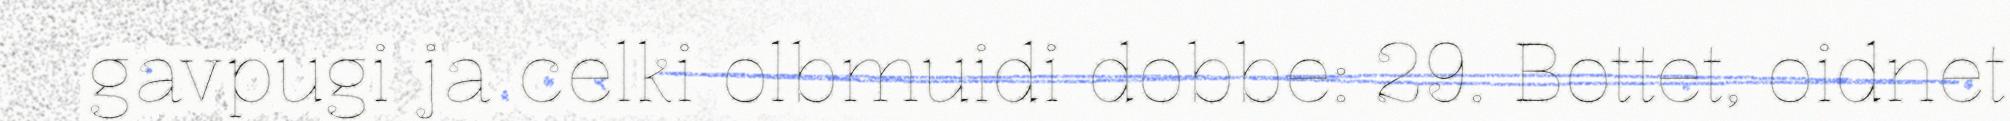
gavpugi ja celki olbmuidi dobbe: 29. Bottet, oidnet